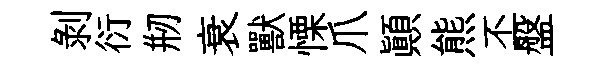
剝衍剏衰獸慄爪顛熊丕盤